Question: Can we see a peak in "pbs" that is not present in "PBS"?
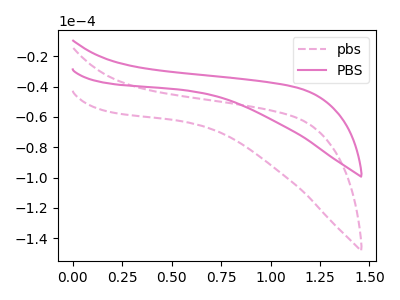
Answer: <think>The pink dashed curve "pbs" has no peaks. The pink curve "PBS" has no peaks.
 Neither "pbs" or "PBS" have any peaks.</think>
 <answer>No, "pbs" and "PBS" don't appear to be significantly different in shape</answer>
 <eval>no_change</eval>